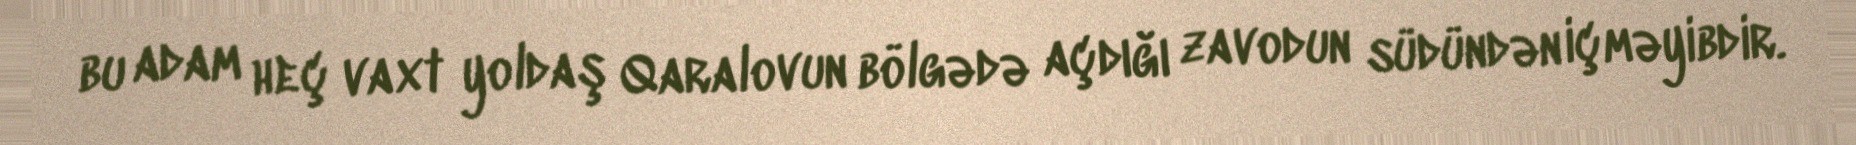
bu adam heç vaxt yoldaş Qaralovun bölgədə açdığı zavodun südündən içməyibdir.